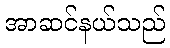
အာဆင်နယ်သည်